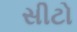
સીટો